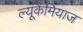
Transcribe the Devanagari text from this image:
ल्यूकेमियाज